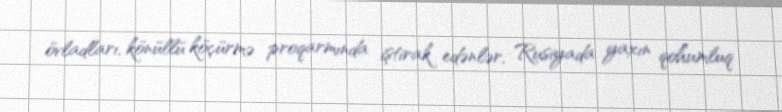
övladları, könüllü köçürmə proqarmında iştirak edənlər, Rusiyada yaxın qohumluq